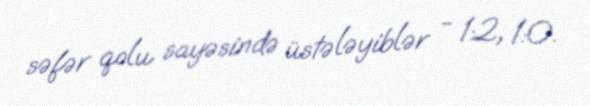
səfər qolu sayəsində üstələyiblər - 1:2, 1:0.